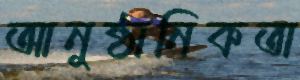
আনুষ্ঠানিকতা